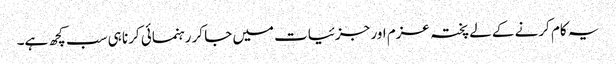
یہ کام کرنے کے لے پختہ عزم اور جزئیات میں جا کر رہنمائی کرنا ہی سب کچھ ہے۔